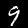
Digit: 9